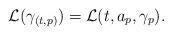
LaTeX: \begin{align*}\mathcal{L}(\gamma_{(t,p)})=\mathcal{L}(t,a_p,\gamma_p).\end{align*}